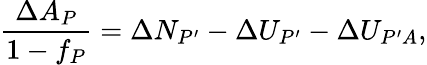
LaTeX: \frac{\Delta A_{P}}{1-f_{P}}=\Delta N_{P^{\prime}}-\Delta U_{P^{\prime}}-\Delta U_{P^{\prime}A},